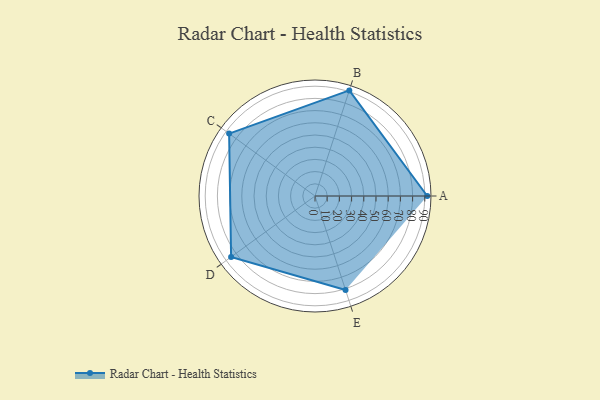
{"axis": {"x": "Skill", "y": "Score"}, "legend": ["Profile"], "data": [{"x": "A", "y": 92.0, "type": "Profile"}, {"x": "B", "y": 91.0, "type": "Profile"}, {"x": "C", "y": 87.0, "type": "Profile"}, {"x": "D", "y": 85.0, "type": "Profile"}, {"x": "E", "y": 81.0, "type": "Profile"}]}